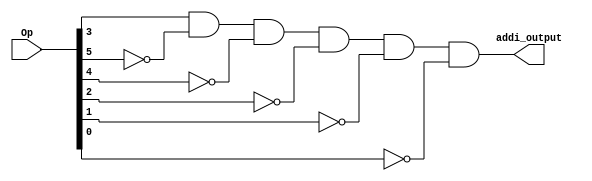
// Copyright (C) 2020  Intel Corporation. All rights reserved.
// Your use of Intel Corporation's design tools, logic functions 
// and other software and tools, and any partner logic 
// functions, and any output files from any of the foregoing 
// (including device programming or simulation files), and any 
// associated documentation or information are expressly subject 
// to the terms and conditions of the Intel Program License 
// Subscription Agreement, the Intel Quartus Prime License Agreement,
// the Intel FPGA IP License Agreement, or other applicable license
// agreement, including, without limitation, that your use is for
// the sole purpose of programming logic devices manufactured by
// Intel and sold by Intel or its authorized distributors.  Please
// refer to the applicable agreement for further details, at
// https://fpgasoftware.intel.com/eula.

// PROGRAM		"Quartus Prime"
// VERSION		"Version 20.1.1 Build 720 11/11/2020 SJ Lite Edition"
// CREATED		"Thu May 18 13:22:31 2023"

module ADDI(
	Op,
	addi_output
);


input wire	[31:26] Op;
output wire	addi_output;

wire	NOTOp26;
wire	NOTOp27;
wire	NOTOp28;
wire	NOTOp30;
wire	NOTOp31;




assign	addi_output = Op[29] & NOTOp31 & NOTOp30 & NOTOp28 & NOTOp27 & NOTOp26;

assign	NOTOp31 =  ~Op[31];

assign	NOTOp30 =  ~Op[30];

assign	NOTOp28 =  ~Op[28];

assign	NOTOp27 =  ~Op[27];

assign	NOTOp26 =  ~Op[26];


endmodule